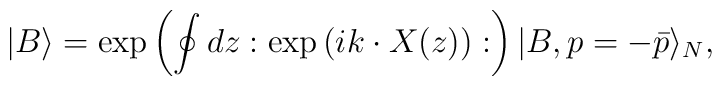
|B \rangle=\exp\left(\oint dz  :\exp\left(ik \cdot X(z)\right):\right)  |B, p=-\bar{p}\rangle_N,